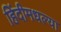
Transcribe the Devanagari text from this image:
हिंदीमधल्या